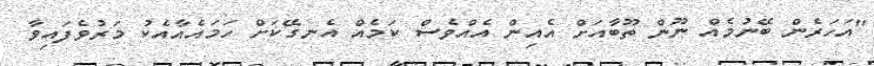
''އަހަރެން ބޭނުމެއް ނޫން ތޫބާއަށް އެއިން އެއްވެސް ކަމެއް އެނގޭކަށް ހަމައެއާއެކު މަރުވެފައިވާ